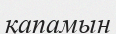
қапамын